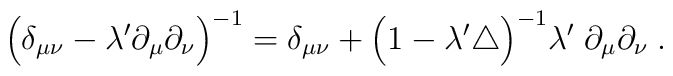
\Big(\delta_{\mu \nu} -\lambda^\prime \partial_\mu \partial_\nu \Big)^{-1} =\delta_{\mu \nu} + \Big(1-\lambda^\prime \triangle \Big)^{-1}\lambda^\prime \; \partial_\mu \partial_\nu \; .